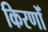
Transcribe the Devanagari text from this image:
किरणोँ